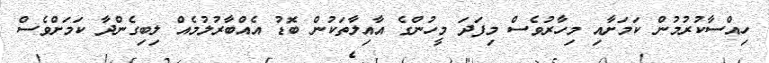
ހިއްސާކުރުމުން ކަމަށާއި މިހާރުވެސް މިފަަދަ މީހުންގެ އާއިލާތަކުން ބޮޑު އެއްބާރުލުމެއް ލިބިގެންދާ ކަަމަށްވެސް